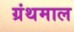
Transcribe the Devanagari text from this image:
ग्रंथमाल